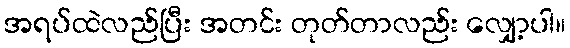
အရပ်ထဲလည်ပြီး အတင်း တုတ်တာလည်း လျှော့ပါ။